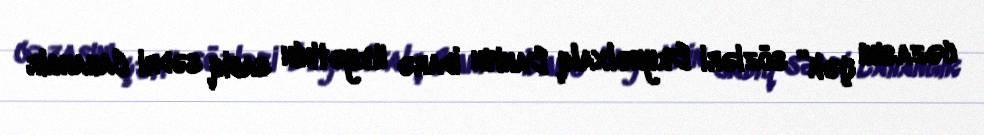
cəzasını çək” sözləri Beynəlxalq Bankın İdarə Heyətinin sabiq sədri Cahangir